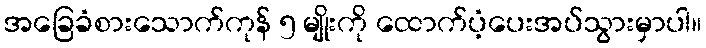
အခြေခံစားသောက်ကုန် ၅ မျိုးကို ထောက်ပံ့ပေးအပ်သွားမှာပါ။